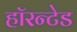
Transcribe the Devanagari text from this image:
हॉरन्टेड